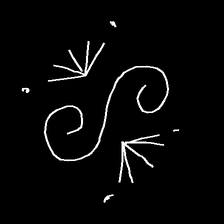
Glyph: aeroform